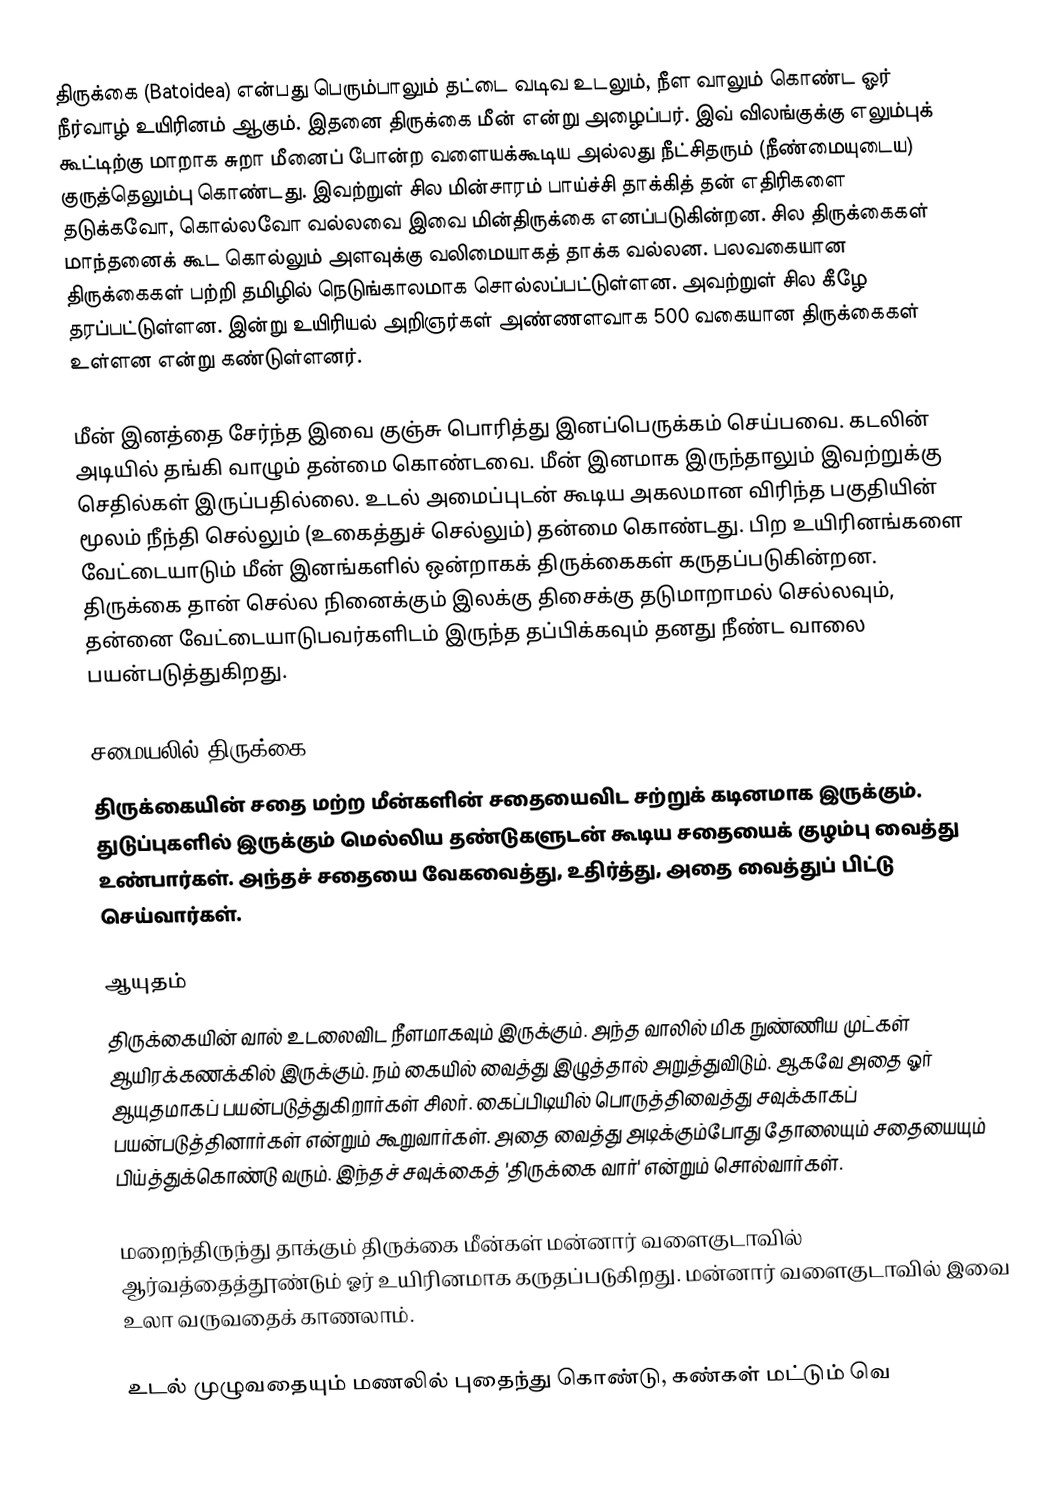
திருக்கை (Batoidea) என்பது பெரும்பாலும் தட்டை வடிவ உடலும், நீள வாலும் கொண்ட ஓர் நீர்வாழ் உயிரினம் ஆகும். இதனை திருக்கை மீன் என்று அழைப்பர். இவ் விலங்குக்கு எலும்புக் கூட்டிற்கு மாறாக சுறா மீனைப் போன்ற வளையக்கூடிய அல்லது நீட்சிதரும் (நீண்மையுடைய) குருத்தெலும்பு கொண்டது. இவற்றுள் சில மின்சாரம் பாய்ச்சி தாக்கித் தன் எதிரிகளை தடுக்கவோ, கொல்லவோ வல்லவை இவை மின்திருக்கை எனப்படுகின்றன. சில திருக்கைகள் மாந்தனைக் கூட கொல்லும் அளவுக்கு வலிமையாகத் தாக்க வல்லன. பலவகையான திருக்கைகள் பற்றி தமிழில் நெடுங்காலமாக சொல்லப்பட்டுள்ளன. அவற்றுள் சில கீழே தரப்பட்டுள்ளன. இன்று உயிரியல் அறிஞர்கள் அண்ணளவாக 500 வகையான திருக்கைகள் உள்ளன என்று கண்டுள்ளனர்.

மீன் இனத்தை சேர்ந்த இவை குஞ்சு பொரித்து இனப்பெருக்கம் செய்பவை. கடலின் அடியில் தங்கி வாழும் தன்மை கொண்டவை. மீன் இனமாக இருந்தாலும் இவற்றுக்கு செதில்கள் இருப்பதில்லை. உடல் அமைப்புடன் கூடிய அகலமான விரிந்த பகுதியின் மூலம் நீந்தி செல்லும் (உகைத்துச் செல்லும்) தன்மை கொண்டது. பிற உயிரினங்களை வேட்டையாடும் மீன் இனங்களில் ஒன்றாகக் திருக்கைகள் கருதப்படுகின்றன. திருக்கை தான் செல்ல நினைக்கும் இலக்கு திசைக்கு தடுமாறாமல் செல்லவும், தன்னை வேட்டையாடுபவர்களிடம் இருந்த தப்பிக்கவும் தனது நீண்ட வாலை பயன்படுத்துகிறது.

சமையலில் திருக்கை
திருக்கையின் சதை மற்ற மீன்களின் சதையைவிட சற்றுக் கடினமாக இருக்கும். துடுப்புகளில் இருக்கும் மெல்லிய தண்டுகளுடன் கூடிய சதையைக் குழம்பு வைத்து உண்பார்கள். அந்தச் சதையை வேகவைத்து, உதிர்த்து, அதை வைத்துப் பிட்டு செய்வார்கள்.

ஆயுதம்
திருக்கையின் வால் உடலைவிட நீளமாகவும் இருக்கும். அந்த வாலில் மிக நுண்ணிய முட்கள் ஆயிரக்கணக்கில் இருக்கும். நம் கையில் வைத்து இழுத்தால் அறுத்துவிடும். ஆகவே அதை ஓர் ஆயுதமாகப் பயன்படுத்துகிறார்கள் சிலர். கைப்பிடியில் பொருத்திவைத்து சவுக்காகப் பயன்படுத்தினார்கள் என்றும் கூறுவார்கள். அதை வைத்து அடிக்கும்போது தோலையும் சதையையும் பிய்த்துக்கொண்டு வரும். இந்தச் சவுக்கைத் 'திருக்கை வார்' என்றும் சொல்வார்கள்.

மறைந்திருந்து தாக்கும் திருக்கை மீன்கள் மன்னார் வளைகுடாவில் ஆர்வத்தைத்தூண்டும் ஓர் உயிரினமாக கருதப்படுகிறது. மன்னார் வளைகுடாவில் இவை உலா வருவதைக் காணலாம்.

உடல் முழுவதையும் மணலில் புதைந்து கொண்டு, கண்கள் மட்டும் வெ